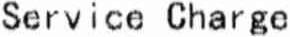
SERVICE CHARGE